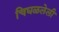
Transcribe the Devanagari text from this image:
चिघळलेली